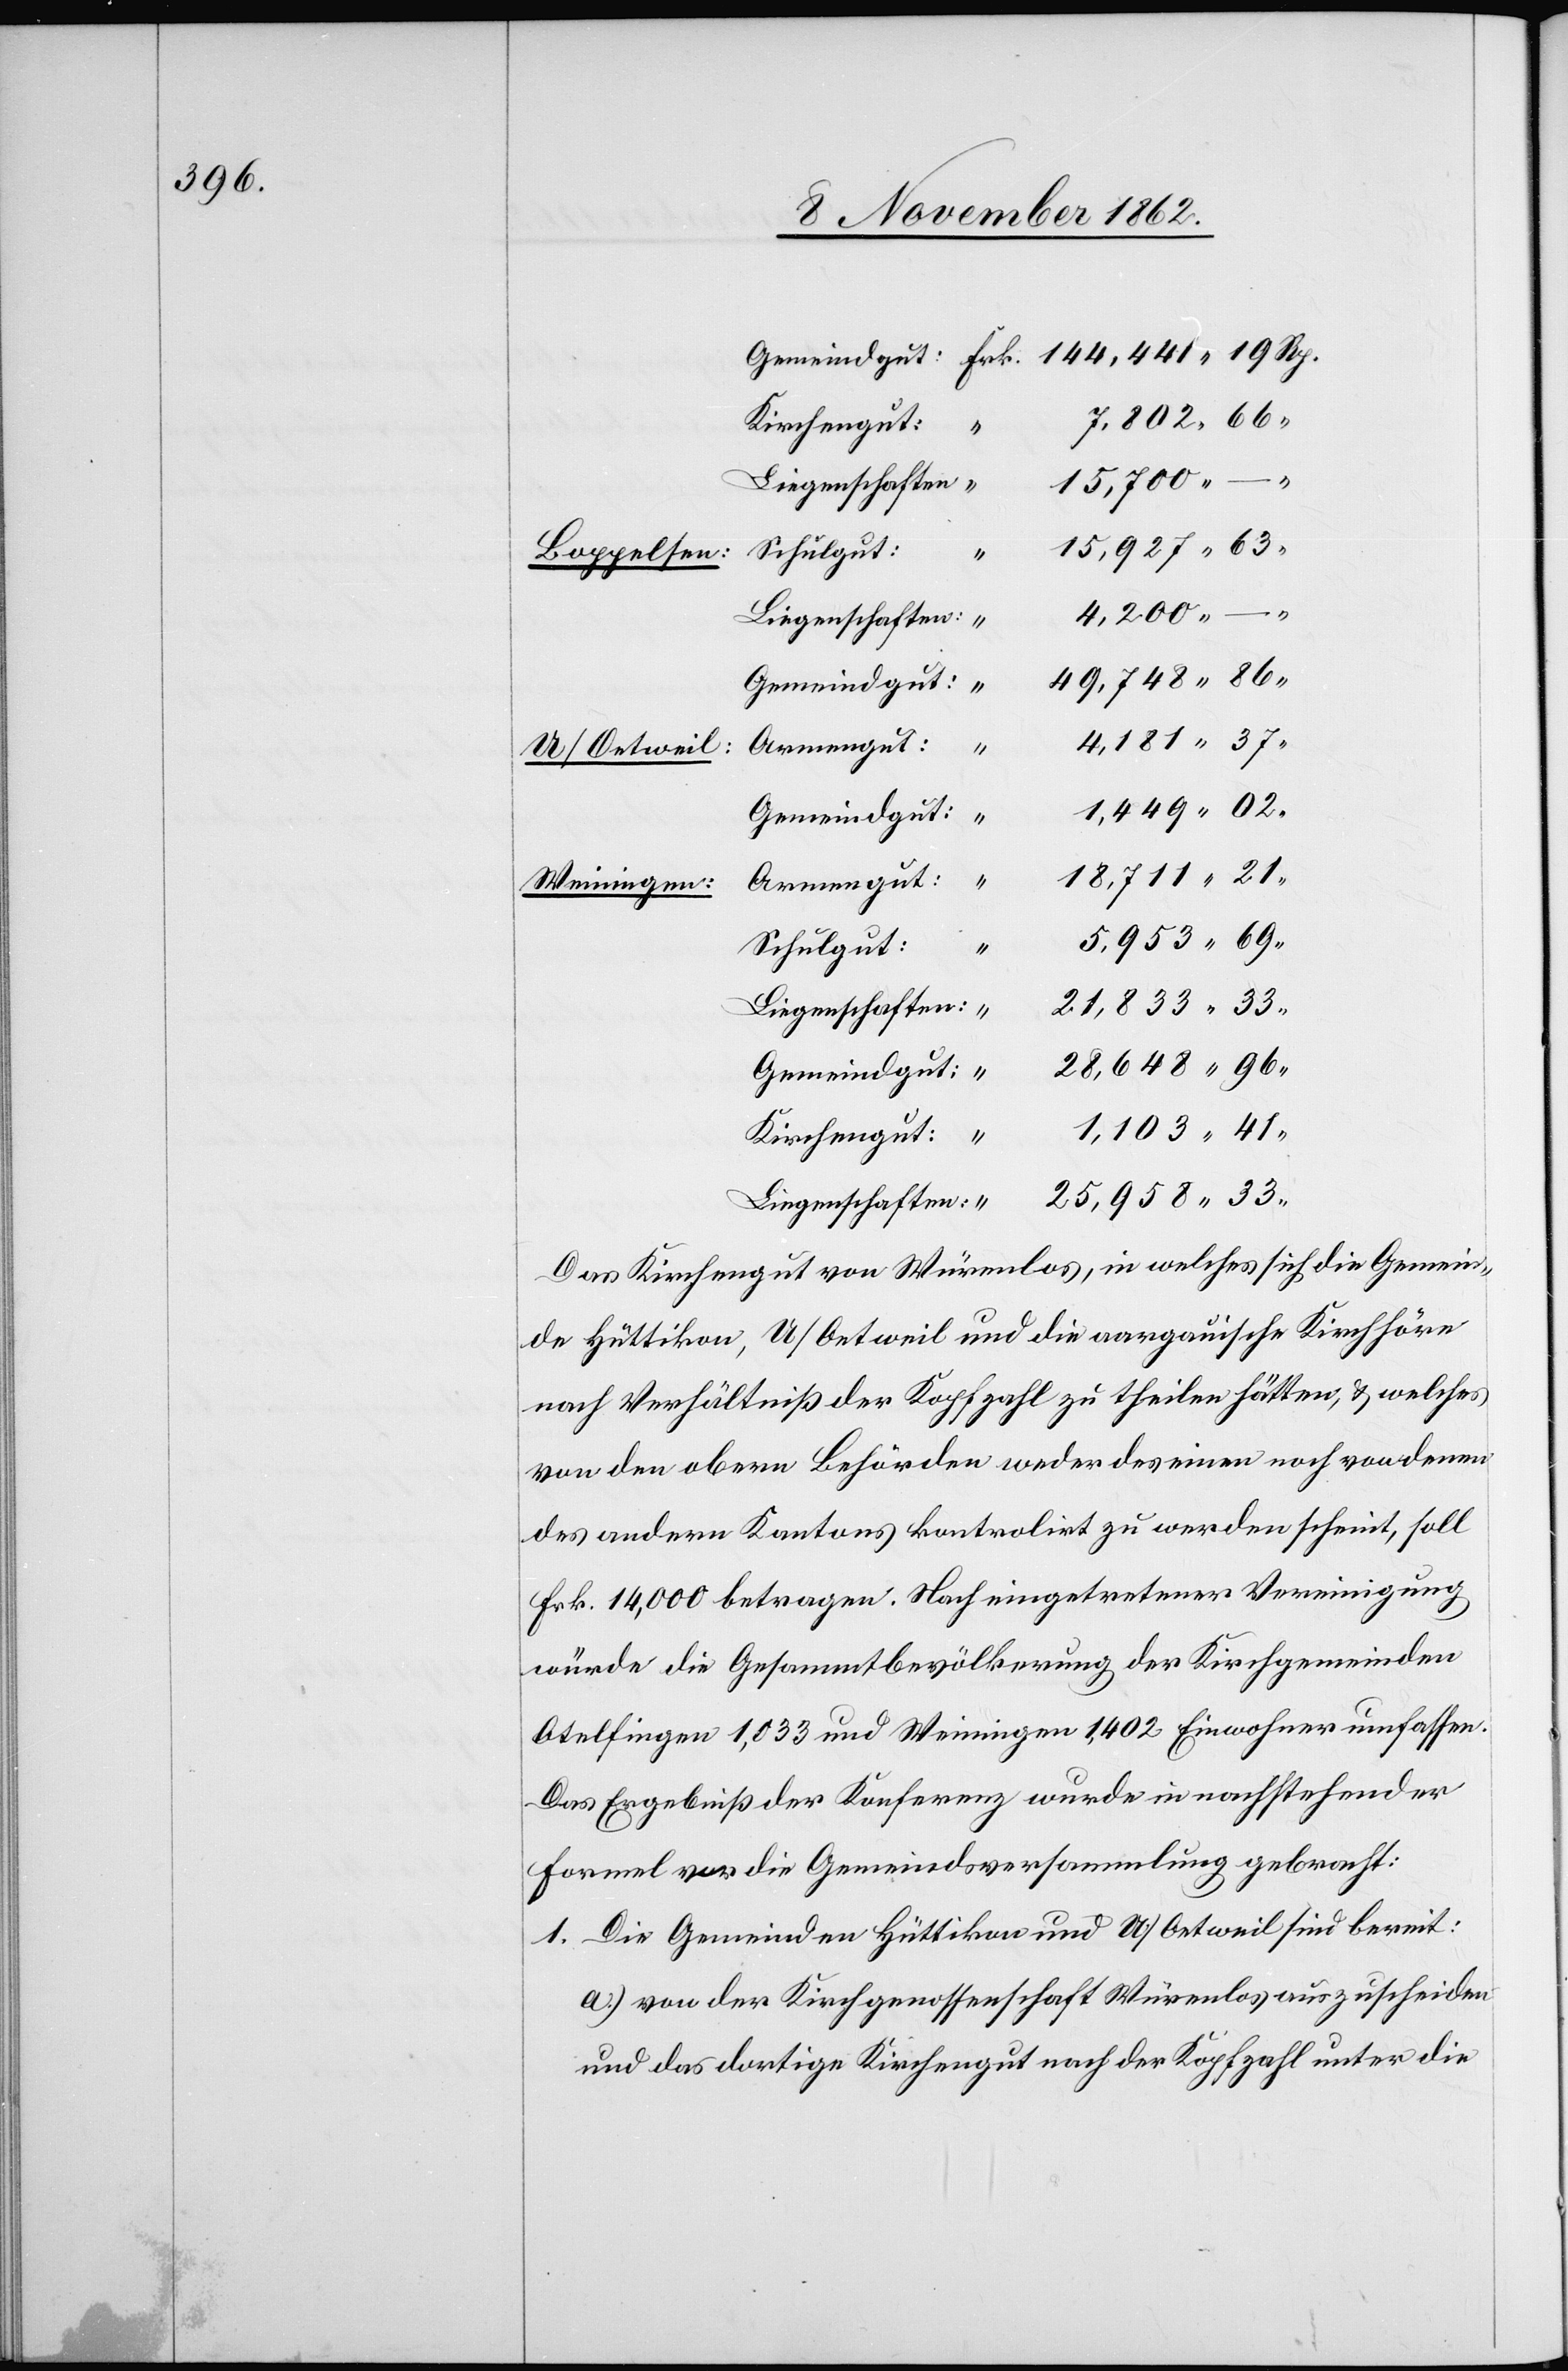
Boppelsen:
Schulgut:
Armengut:
41
U/Oetweil:
Gemeindgut:
Weiningen:
Schulgut:
Liegenschaften:
33
Das Kirchengut von Würenlos, in welches sich die Gemein¬
de Hüttikon, U/Oetweil und die aargauische Kirchhöre
nach Verhältniß der Kopfzahl zu theilen hätten, u. welches
von den obern Behörden weder des einen noch von denen
des andern Kantons kontrolirt zu werden scheint, soll
Frk.14,000 betragen. Nach eingetretener Vereinigung
würde die Gesammtbevölkerung der Kirchgemeinden
Otelfingen 1,033 und Weiningen 1,402 Einwohner umfassen.
Das Ergebniß der Konferenz wurde in nachstehender
Formel vor die Gemeindsversammlung gebracht:
1. Die Gemeinden Hüttikon und U/Oetweil sind bereit:
a) von der Kirchgenossenschaft Würenlos auszuscheiden
und das dortige Kirchengut nach der Kopfzahl unter die